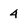
Character: 4